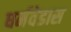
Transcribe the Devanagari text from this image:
धर्मवेडास